Annual vaccination report of Bihar and Orissa - 1911-1928
Year: 1911
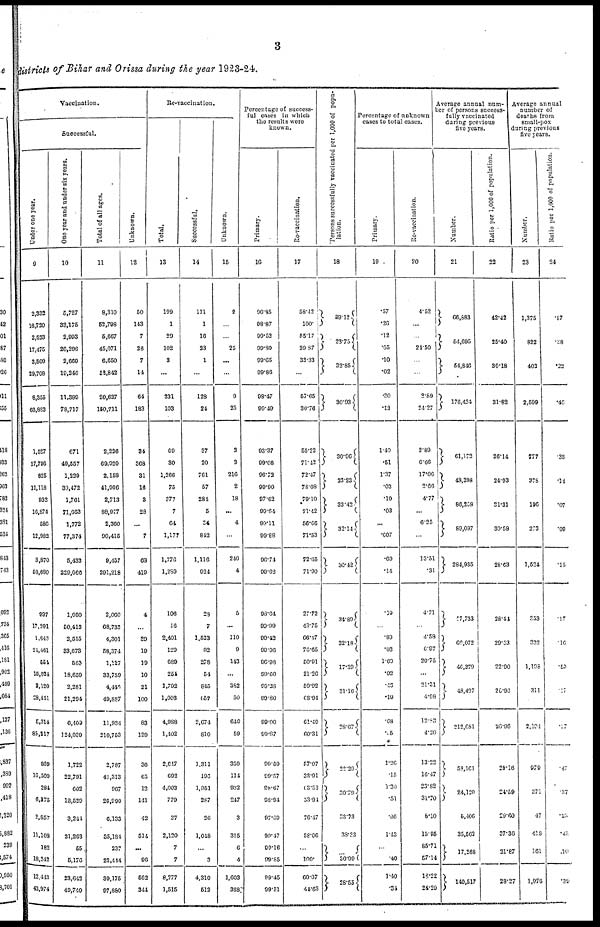
3
districts of Bihar and Orissa during the year 1923-24.
Vaccination.
Successful.
Under one year.
9
2,332
16,720
2,523
17,475
3,500
29,708
8,355
63,883
1,527
17,706
625
11,118
932
16,874
586
12,982
3,870
58,680
997
17,391
1,643
24,461
554
15,024
2,120
28,441
5,314
85,217
869
16,500
284
6,375
2,857
11,108
182
18,242
12,443
43,974
One year and under six years.
10
5,727
33,175
2,993
26,296
2,669
19,246
11,389
78,717
671
49,557
1,229
30,472
1,761
71,663
1,772
77,374
5,433
229,066
1,050
50,413
2,515
33,673
563
18,650
2,281
21,294
6,409
124,039
1,722
22,791
602
18,529
3,244
21,263
55
5,176
23,642
49,740
Total of all ages.
11
8,310
52,798
5,667
45,071
6,650
52,843
20,627
150,711
2,226
69,920
2,158
41,906
2,713
88,977
2,360
90,415
9,457
291,218
2,060
68,733
4,301
58,371
1,127
33,759
4,446
49,887
11,934
210,753
2,787
41,313
967
26,990
6,133
35,184
237
23,444
39,175
97,880
Unknown.
12
50
143
7
26
7
14
64
183
34
368
31
16
3
28
...
7
68
419
4
...
39
19
19
10
21
100
83
129
36
65
12
141
42
511
...
96
562
344
Re-vaccination.
Total.
13
199
1
29
102
3
...
231
103
69
30
1,266
75
377
7
64
1,177
1,776
1,289
106
16
2,401
129
689
254
1,792
1,003
4,988
1,402
2,647
692
4,003
779
37
2,120
7
7
8,777
1,515
Successful.
14
111
1
16
23
1
...
128
24
37
20
761
57
281
5
34
842
1,116
924
23
7
1,523
92
278
54
845
657
2,674
810
1,311
196
1,951
287
26
1,048
...
3
4,310
512
Unknown.
15
2
...
...
25
...
...
9
25
2
2
216
2
18
...
4
...
240
4
5
...
110
9
143
...
382
50
640
59
350
114
932
247
3
315
6
4
1,603
368
Percentage of success-
ful cases in which
the results were
known.
Primary.
16
96.85
98.87
99.52
99.80
99.65
99.86
98.47
99.49
93.37
99.08
96.72
99.90
97.62
99.64
99.11
99.88
96.74
99.62
93.64
99.99
99.42
99.96
96.98
99.60
99.28
99.80
99.00
99.87
99.50
99.57
98.67
98.94
97.09
99.17
99.16
99.85
99.45
99.51
Re-vaccination.
17
58.42
100.
55.17
29.87
33.33
...
57.65
30.76
55.22
71.42
72.47
78.08
79.10
71.42
56.66
71.53
72.65
71.90
27.72
43.75
66.47
76.65
50.91
21.26
59.92
68.94
61.49
60.31
57.07
33.91
63.52
53.94
76.47
58.06
...
100.
60.07
44.63
Persons successfully vaccinated per 1,000 of popu-
lation.
18
89.12
23.75
32.85
30.93
30.96
23.23
33.42
32.14
30.42
34.89
32.18
17.39
31.16
28.67
22.29
30.79
33.73
38.23
30.09
28.55
Percentage of unknown
cases to total cases.
Primary.
19
.57
.26
.12
.05
.10
.02
.20
.12
1.40
.51
1.37
.03
.10
.03
...
.007
.69
.14
.19
...
.80
.03
1.60
.02
.46
.19
.68
.05
1.26
.15
1.20
.51
.06
1.43
...
.40
1.40
.34
Re-vaccination.
20
4.52
...
...
24.50
...
...
2.89
24.27
2.89
6.66
17.06
2.66
4.77
...
6.25
...
13.51
.31
4.71
...
4.58
6.97
20.75
...
21.31
4.98
12.83
4.20
13.22
16.47
23.82
31.70
8.10
15.95
85.71
57.14
16.22
24.29
Average annual num-
ber of persons success-
fully vaccinated
during previous
five years.
Number.
21
66,883
54,695
54,846
176,424
61,172
48,398
86,268
89,097
284,935
57,733
69,072
46,379
48,497
212,681
58,161
24,120
5,406
35,562
17,268
140,517
Ratio per 1,000 of population.
22
42.42
25.40
30.18
31.82
26.14
24.93
31.31
30.58
28.63
28.44
29.53
22.90
25.96
26.96
28.16
24.59
29.60
37.36
21.87
28.27
Average annual
number of
deaths from
small-pox
during previous
five years.
Number.
23
1,375
822
403
2,599
777
378
196
273
1,524
353
332
1,198
311
2,194
979
371
47
418
161
1,976
Ratio per 1,000 of population.
24
.87
.38
.22
.40
.38
.14
.07
.09
.15
.17
.16
.59
.17
.27
.47
.37
.25
.48
.20
.39